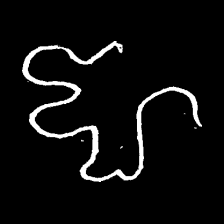
Pyu character \u2014 Myanmar letter: ဈ (romanized: jha)